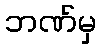
ဘဏ်မှ